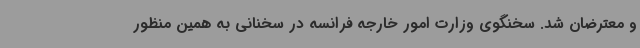
و معترضان شد. سخنگوی وزارت امور خارجه فرانسه در سخنانی به همین منظور